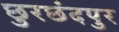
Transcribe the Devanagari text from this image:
छुरछंदपुर